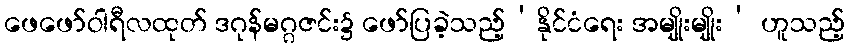
ဖေဖော်ဝါရီလထုတ် ဒဂုန်မဂ္ဂဇင်း၌ ဖော်ပြခဲ့သည့်‘နိုင်ငံရေး အမျိုးမျိုး’ ဟူသည့်